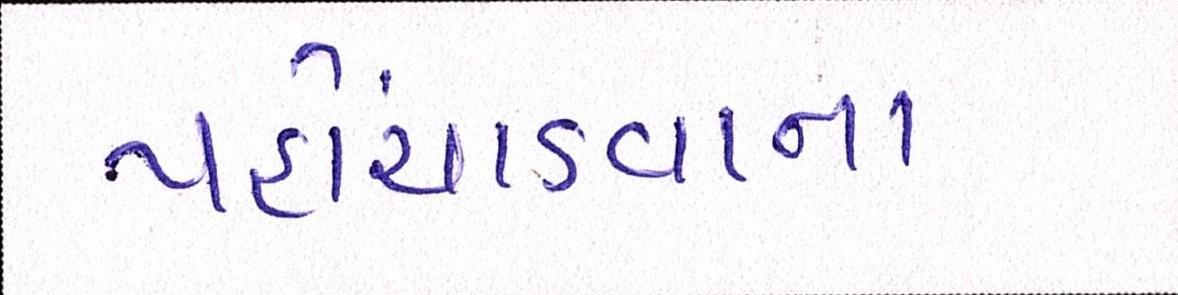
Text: પહોંચાડવાના